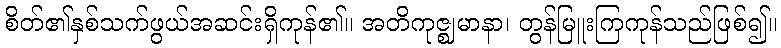
စိတ်၏နှစ်သက်ဖွယ်အဆင်းရှိကုန်၏။ အတိကုဇ္ဈမာနာ၊ တွန်မြူးကြကုန်သည်ဖြစ်၍။